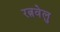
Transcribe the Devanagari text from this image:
रत्नवेलु